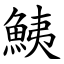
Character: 鮧